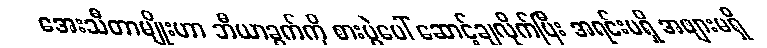
အေးသီတာမျိုးဟာ ဘီယာခွက်ကို စားပွဲပေါ် ဆောင့်ချလိုက်ပြီး အရင်းမရှိ အဖျားမရှိ